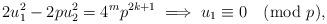
LaTeX: \begin{align*} 2u_{1}^{2} - 2pu_{2}^{2} = 4^{m}p^{2k+1} \implies u_{1} \equiv 0 \pmod p,\end{align*}